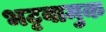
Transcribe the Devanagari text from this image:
भट्टवामुक